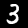
Label: 3